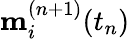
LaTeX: \mathbf{m}_{i}^{(n+1)}(t_{n})